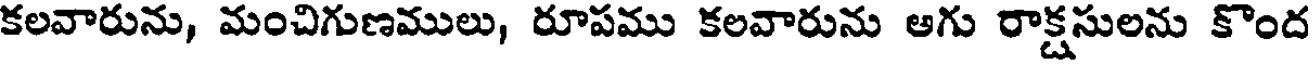
కలవారును, మంచిగుణములు, రూపము కలవారును ఆగు రాక్షసులను కొంద